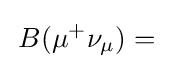
\,B(\mathrm {\mu } ^{+}\mathrm {\nu } _{\mathrm {\mu } })=